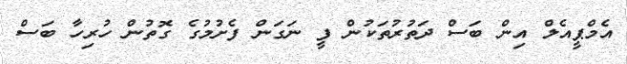
އެމްޕީއެލް އިން ބަސް ދަތުރުތަކުން ފީ ނަގަން ފެށުމުގެ ގޮތުން ހުރިހާ ބަސް